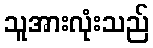
သူအားလုံးသည်